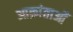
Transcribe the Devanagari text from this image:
आक्रांताओँ